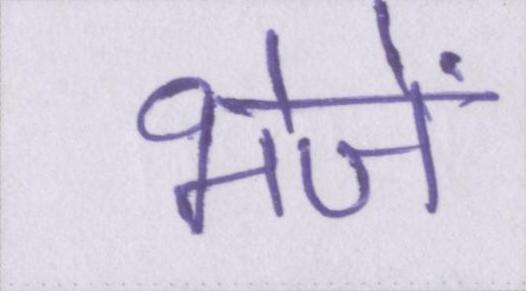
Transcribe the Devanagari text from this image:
भेजें